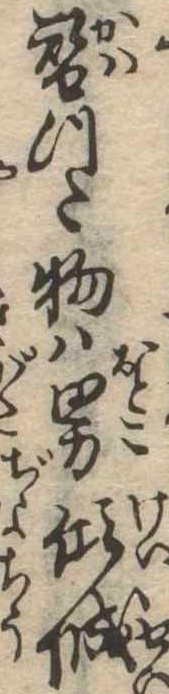
替つた物は男傾城